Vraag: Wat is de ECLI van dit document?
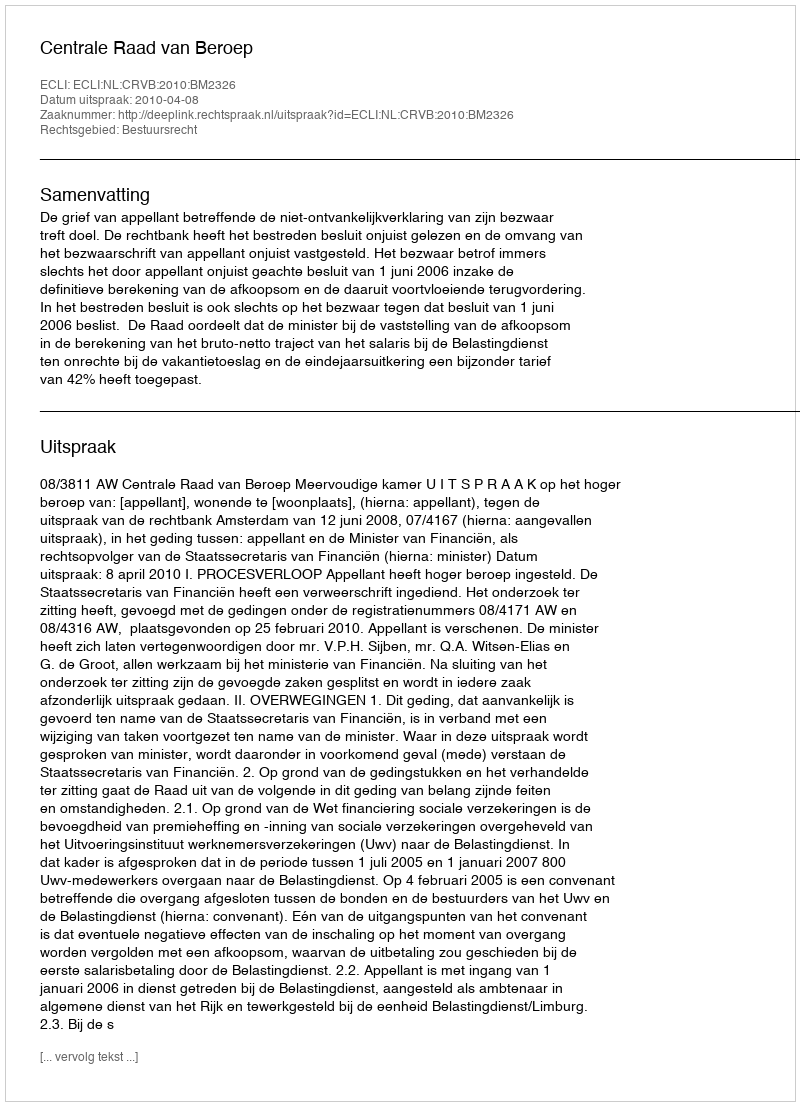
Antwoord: ECLI:NL:CRVB:2010:BM2326